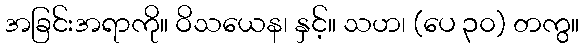
အခြင်းအရာကို။ ဝိသယေန၊ နှင့်။ သဟ၊ (ပေ ၃၀) တကွ။